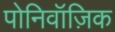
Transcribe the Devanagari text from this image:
पोनिवॉज़िक